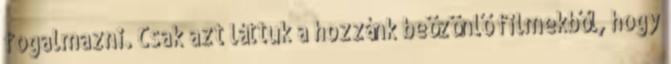
fogalmazni. Csak azt láttuk a hozzánk beözönlő filmekből, hogy